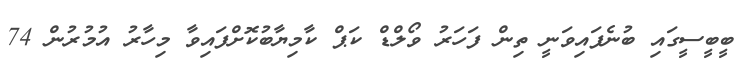
ބީބީސީގައި ބުނެފައިވަނީ ތިން ފަހަރު ވޯލްޑް ކަޕް ކާމިޔާބުކޮށްފައިވާ މިހާރު އުމުރުން 74